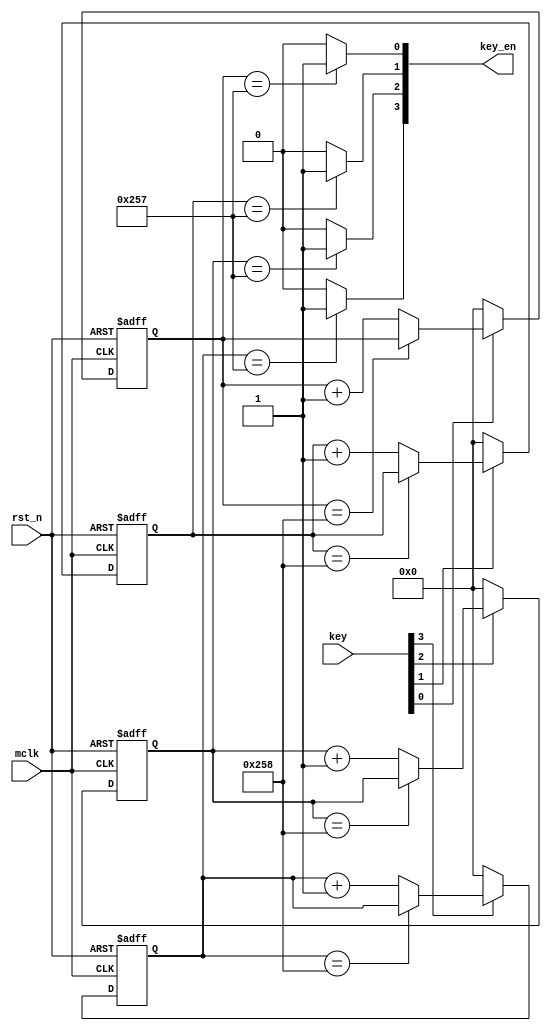
`timescale 1ns / 1ps
//////////////////////////////////////////////////////////////////////////////////
// Company: 
// Engineer: 
// 
// Design Name: 
// Module Name:    key_scan 
// Project Name: 
// Target Devices: 
// Tool versions: 
// Description: 
//
// Dependencies: 
//
// Revision: 
// Revision 0.01 - File Created
// Additional Comments: 
//
//////////////////////////////////////////////////////////////////////////////////
module key_scan(
			input mclk,
			input rst_n,
			input [3:0] key,
			output [3:0] key_en
    );
    
    parameter DURATION = 600;

		reg[10:0] cnt;
		reg[10:0] cnt1;
		reg[10:0] cnt2;
		reg[10:0] cnt3;    
		
		always @(posedge mclk or negedge rst_n)
		begin
			if(!rst_n)
				cnt <= 11'b0;
			else if(key[0] == 1)begin
				if(cnt == DURATION)
					cnt <= cnt;
				else 
					cnt <= cnt + 1'b1;
				end
			else
				cnt <= 11'b0;
			end
		assign key_en[0] = (cnt == DURATION -1)?1'b1:1'b0;
		
		always @(posedge mclk or negedge rst_n)
		begin
			if(!rst_n)
				cnt1 <= 11'b0;
			else if(key[1] == 1)begin
				if(cnt1 == DURATION)
					cnt1 <= cnt1;
				else 
					cnt1 <= cnt1 + 1'b1;
				end
			else 
				cnt1 <= 11'b0;
			end
		assign key_en[1] = (cnt1 == DURATION -1)?1'b1:1'b0;
		
		always @(posedge mclk or negedge rst_n)
		begin
			if(!rst_n)
				cnt2 <= 11'b0;
			else if(key[2]==1)begin
				if(cnt2 == DURATION)
					cnt2 <= cnt2;
				else 
					cnt2 <= cnt2 + 1'b1;
				end
			else 
				cnt2 <= 11'b0;
			end
		assign key_en[2] = (cnt2== DURATION -1)?1'b1:1'b0;
			
		always @(posedge mclk or negedge rst_n)
		begin
			if(!rst_n)
				cnt3 <= 11'b0;
			else if(key[3]==1)begin
				if(cnt3 == DURATION)
					cnt3 <= cnt3;
				else 
					cnt3 <= cnt3 + 1'b1;
				end
			else 
				cnt3 <= 11'b0;
			end
		assign key_en[3] = (cnt3 == DURATION -1)?1'b1:1'b0;
		
endmodule